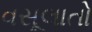
વસૂલાતો